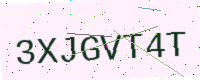
Text: 3XJGVT4T